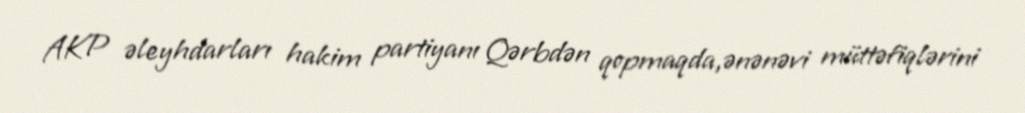
AKP əleyhdarları hakim partiyanı Qərbdən qopmaqda,ənənəvi müttəfiqlərini